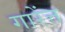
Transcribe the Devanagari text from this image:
गारेंत्त